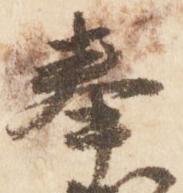
奉